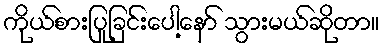
ကိုယ်စားပြုခြင်းပေါ့နော် သွားမယ်ဆိုတာ။